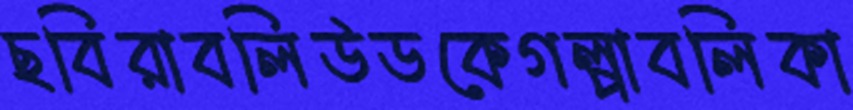
ছবিরাবলিউডকেগল্পাবলিকা